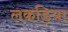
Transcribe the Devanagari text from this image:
लकड़िया